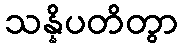
သန္နိပတိတွာ